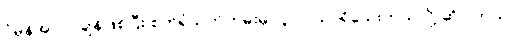
ပုံမှန်အလုပ်ချိန်ဖြစ်ပြီး စက်ရုံသက်တမ်းမှာ ၃ လသာရှိသေးတယ်လို့ ဆိုပါတယ်။